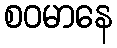
စဝမာနေ